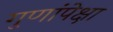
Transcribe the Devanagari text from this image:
गुणांपेक्षा